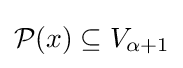
{\mathcal {P}}(x)\subseteq V_{\alpha +1}